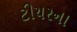
ટીચરના